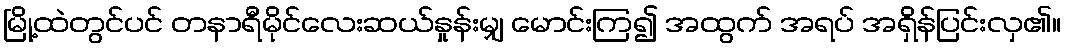
မြို့ထဲတွင်ပင် တနာရီမိုင်လေးဆယ်နှုန်းမျှ မောင်းကြ၍ အထွက် အရပ် အရှိန်ပြင်းလှ၏။